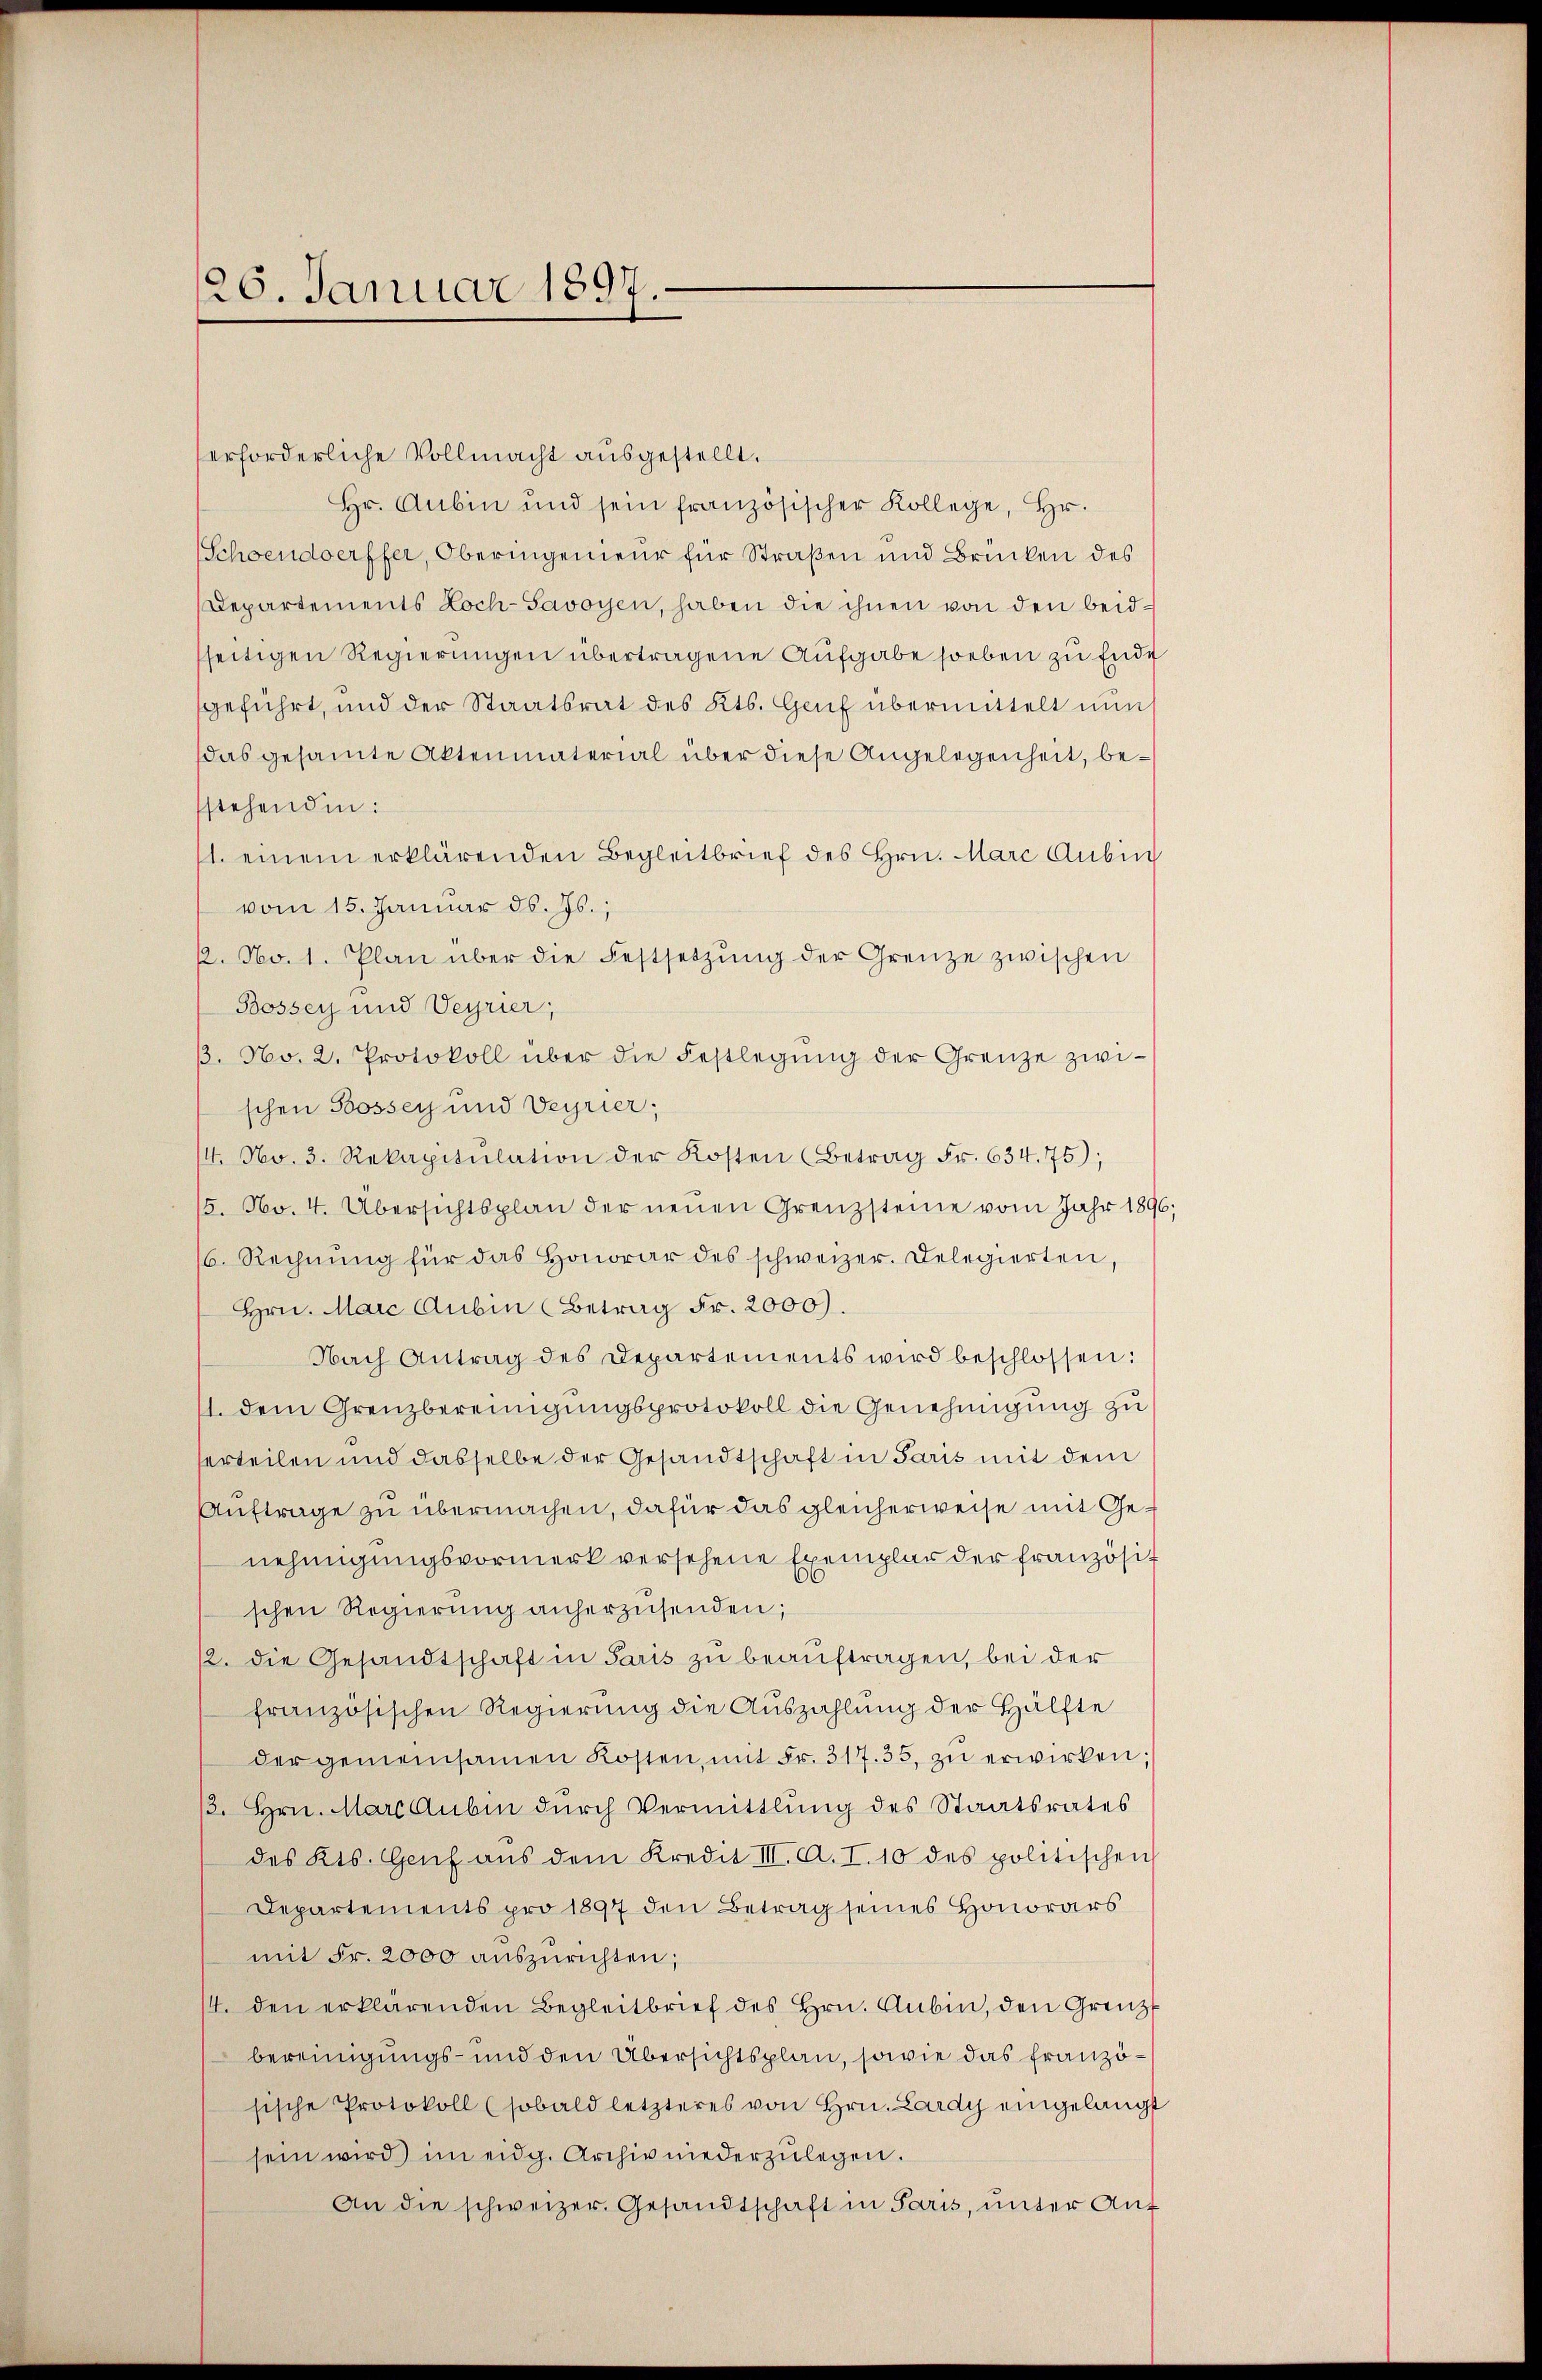
20. Januar 1897.

erforderliche Vollmacht ausgestellt.
Hr. Aubin und sein französischer Kollege, Hr.
Schoendoerffer, Oberingenieur für Straßen und Brücken des
Departements Koch-Savoyen, haben die ihnen von den beidseitigen Regierungen übertragene Aufgabe soeben zu Ende
geführt, und der Staatsrat des Kts. Genf übermittelt nun
das gesamte Aktenmaterial über diese Angelegenheit, bestehenden:
1. einem erklärenden Begleitbrief des Hrn. Marc Anbin
vom 15. Januar d. Js.,
2. No. 1. Plan über die Festsetzŭng der Grenze zwischen
Bossey und Veyrier,
β. No. 2. Protokoll über die Festlegŭng der Grenze zwischen Bossey und Veyrier,
4. No. 3. Rekapitulation der Kosten (Betrag Fr. 634. 75);
5. No. 4. Übersichtsplan der neuen Grenzsteine vom Jahr 1896,
16. Rechnŭng für das Honorar des schweizer. Delegierten,
Hrn. Marc Aubin (Betrag Fr. 2000).
Nach Antrag des Departements wird beschlossen:
11. dem Grenzbereinigungsprotokoll die Genehmigung zu
erteilen und dasselbe der Gesandtschaft in Paris mit dem
Auftrage zu übermachen, dafür das gleicherweise mit Genehmigungsvormerk versehene Exemplar der französit
.
schen Regierung anherzusenden;
12. die Gesandtschaft in Paris zu beauftragen, bei der
französischen Regierung die Auszahlung der Hälfte
der gemeinsamen Kosten, mit Fr. 317. 35. zŭ erwirken;
13. Hrn. Marc Aubin durch Vermittlung des Staatsrates
des Kts. Genf aus dem Kredit III. A. I. 10 des politischen
Departements pro 1897 den Betrag seines Honorars
mit Fr. 2000 auszurichten;
14. den erklärenden Begleitbrief des Hrn. Aubin, den Grenzt
bereinigungs- und den Übersichtsplan, sowie das Französische Protokoll (sobald letzteres von Hrn. Lardy eingelangt
sein wird im eidg. Archiv niederzŭlegen.
An die schweizer. Gesandtschaft in Paris, unter Auf